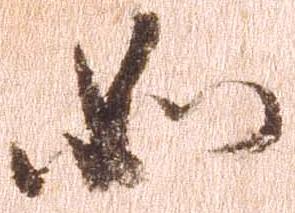
如